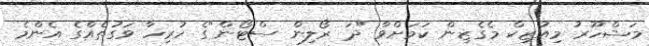
މަޝްހޫރު މިއުޒިކް މެގެޒިން ކަމަށްވާ "ދަ ރޯލިން ސްޓޯން"ގެ ހުރިހާ ވަގުތެއްގެ އެންމެ